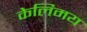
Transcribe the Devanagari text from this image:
केलिमय